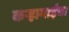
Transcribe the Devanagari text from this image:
कऱ्हामाईचा